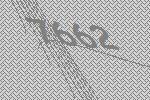
7662